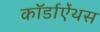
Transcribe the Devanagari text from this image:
कॉर्डाऐंथस